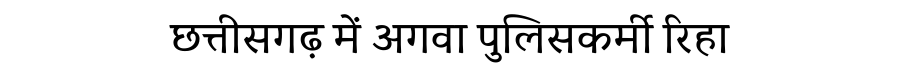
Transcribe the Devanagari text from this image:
छत्तीसगढ़ में अगवा पुलिसकर्मी रिहा